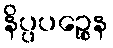
နိပ္ပပဉ္စေန